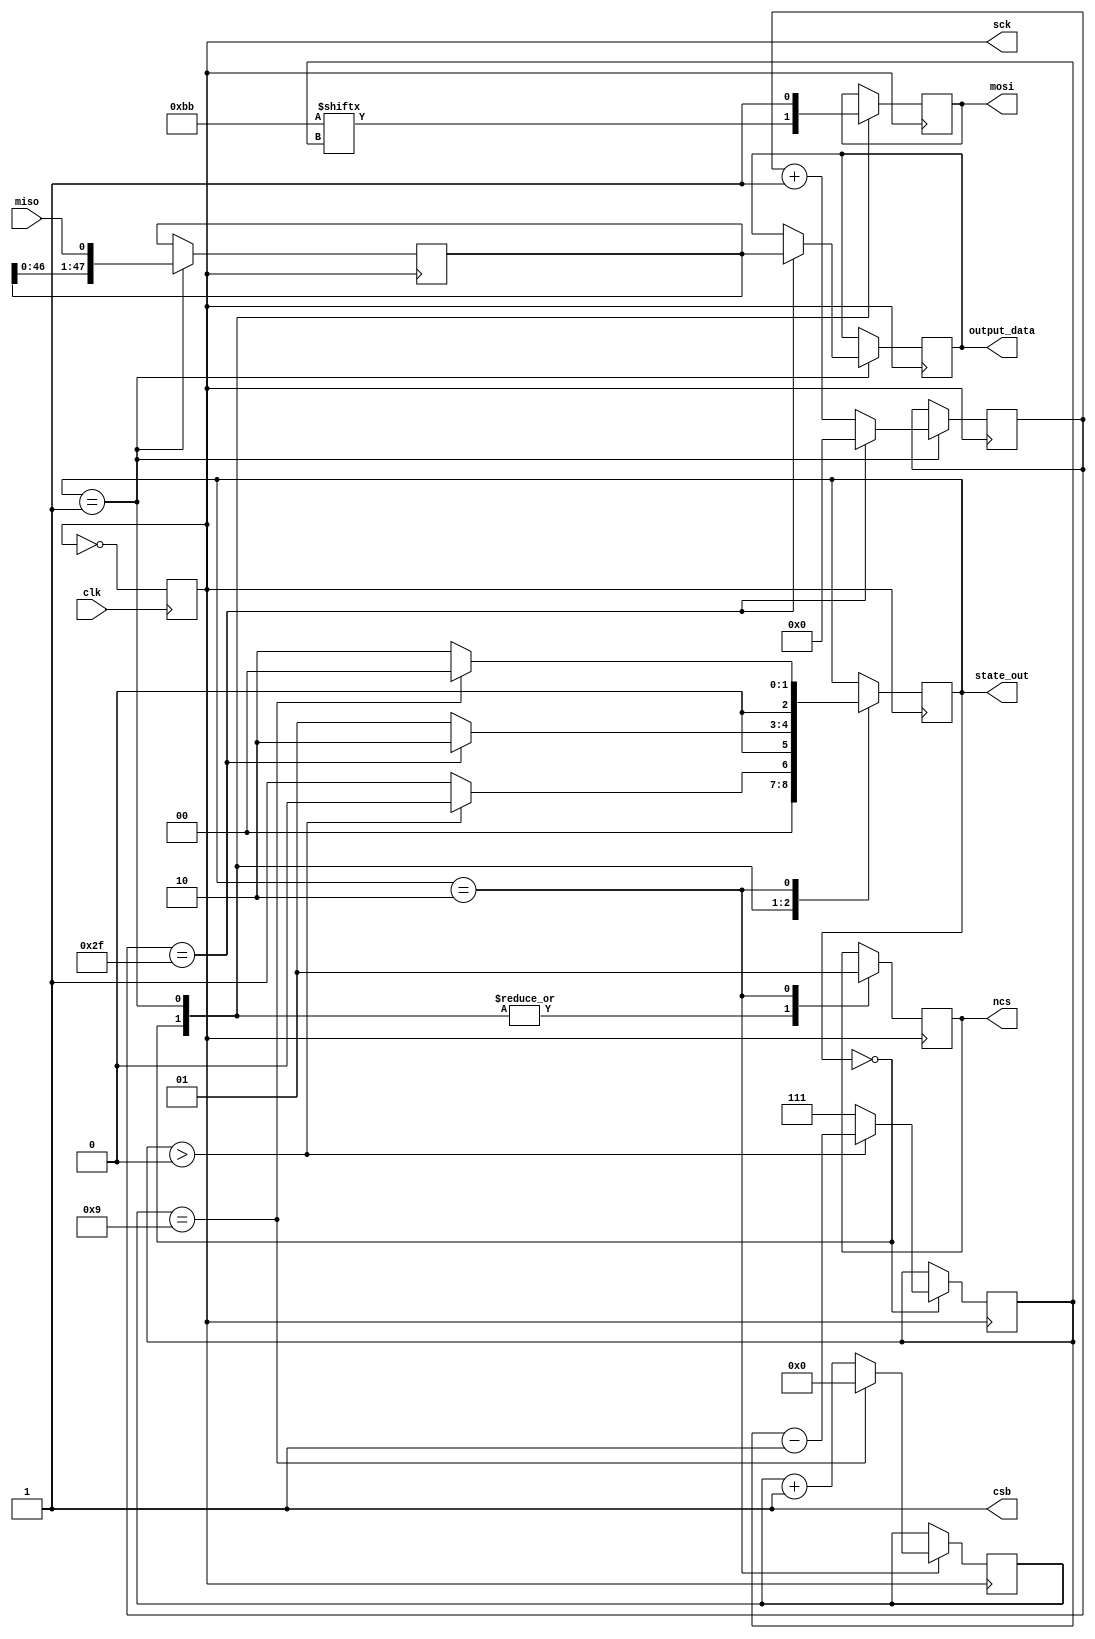
`timescale 1ns / 1ps
//////////////////////////////////////////////////////////////////////////////////
// Company: 
// Engineer: 
// 
// Design Name: 
// Module Name:    imu_processor 
// Project Name: 
// Target Devices: 
// Tool versions: 
// Description: 
//
// Dependencies: 
//
// Revision: 
// Revision 0.01 - File Created
// Additional Comments: 
//
//////////////////////////////////////////////////////////////////////////////////
module imu_processor(clk,mosi,miso,ncs,csb,sck,output_data,state_out);
	input clk;
	input miso;
	output reg mosi;
	output reg [47:0] output_data;
	output ncs,csb;
	output sck;
	output [2:0] state_out;
	
	// States
	parameter ADDR = 3'd0;
	parameter READ = 3'd1;
	parameter PAUSE = 3'd2;
	reg [2:0] state = ADDR;
	reg [2:0] next_state = ADDR;
	reg ncs_r = 1'b0; // initialize MPU to active low
	
	// Set chip select outputs
	assign ncs = ncs_r; 
	assign csb = 1'b1; // never select BMP
	assign state_out = next_state;
	
	// Registers
	parameter ADDR_LEN = 6'd8;
	parameter MAX_COUNT = 6'd8;
	parameter PAUSE_LEN = 8'd10;
	parameter NUM_ACCEL = 6'd48;
	parameter MEM_ADDR = 7'd59;
	parameter rw = 1;
	reg [7:0] addr = {rw,MEM_ADDR};
	reg [2:0] i = 3'd7; // Index in address byte
//	reg [2:0] j; // Index in data byte
	reg [7:0] pause_count = 0; // Count clock cycles
	reg [5:0] accel_count = 0;
	reg [47:0] data = {48{1'b1}};
//	assign output_data = data;
	
	reg sck = 0;
	always @(posedge clk) begin
		sck <= ~sck;
//		case (state)
//			// Set synchronous clock
//			ADDR: sck <= ~sck; 
//			READ: sck <= ~sck;
//			// Set clock high
//			PAUSE: sck <= 1'b1;
//		endcase
	end 

	always @(negedge sck) begin
		//state <= next_state;
		
		
		case (next_state)
			// Send address value
			ADDR: begin
				// Send address byte
				ncs_r <= 1'b0;
				mosi <= addr[i];
				if (i>0) begin
					i <= i-1;
					next_state <= ADDR;
				end
				// Set next address byte
				else begin
					i <= ADDR_LEN-1;
					next_state <= READ;
				end
			end
			
			// Read accel data
			READ: begin
				// Read in data byte MSB->LSB
				ncs_r <= 1'b0;
				mosi <= 1;
				data <= {data[46:0],miso};
//				data[i] <= miso;
//				if (i>0) begin
//					i <= i-1;
//				end
//				else begin
//					i <= ADDR_LEN-1;
//					accel_count <= accel_count+1;
//					output_data <= data;
//				end
				// Update state
				if (accel_count==NUM_ACCEL-1) begin
					next_state <= PAUSE;
					accel_count <= 0;
					output_data <= data;
				end
				else begin
					accel_count <= accel_count+1;
					next_state <= READ;
				end
			end
			
			// Pause until next accel sample
			PAUSE: begin
				ncs_r <= 1'b1;
				if (pause_count==PAUSE_LEN-1) begin
					pause_count <= 0;
					next_state <= ADDR;
				end
				else begin
					pause_count <= pause_count+1;
					next_state <= PAUSE;
				end
			end
		endcase
	end
	
//	always @(posedge clk) begin
//		state <= next_state;
//		case (state)
//			READ: begin
//				if (count==MAX_COUNT) begin
//					count <= 1; // Reset count
//					j <= ADDR_LEN-1; // Reset index
//					next_state <= PAUSE2; // Update state
//					output_data <= data; 
//				end
//				else begin
//					data[j] <= miso;
//					count <= count+1;
//					next_state <= READ; // Update state
//					j <= j-1;
//				end
//			end
//			PAUSE2: begin
//				if (count==PAUSE_LEN) begin
//					count <= 1;
//					next_state <= ADDR;
//				end
//				else begin
//					count <= count+1;
//					next_state <= PAUSE2;
//				end
//			end
//		end
//	end

endmodule